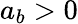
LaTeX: a_{b}>0